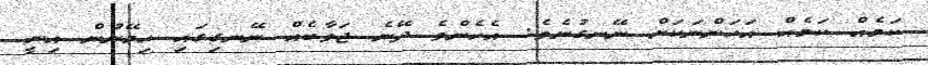
ކަމެއް ކަމެއް އަހަންނަކަށް ނޭނގުނެވެ. އެހެންވެ ދޭނެ ޖަވާބެއް ނޭނގިގައި ހިމޭނުން އިނީ